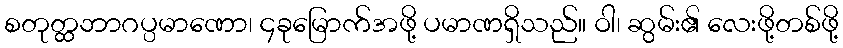
စတုတ္ထဘာဂပ္ပမာဏော၊ ၄ခုမြောက်အဖို့ ပမာဏရှိသည်။ ဝါ၊ ဆွမ်း၏ လေးဖို့တစ်ဖို့